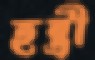
হন্ত্রী